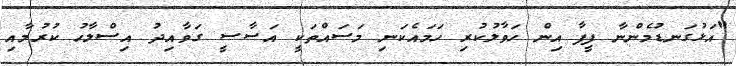
"އަޅުގަނޑުމެންނާ ފީފާ އިން ހަވާލުކުރި ހަމައެކަނި މަސައްތަކީ އަސާސީ ގަވާއިދު އިސްލާހު ކުރުމާއި